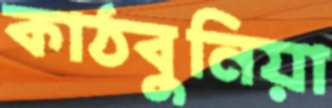
কাঠবুনিয়া